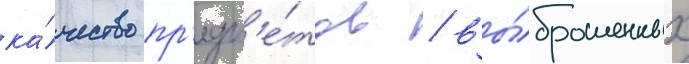
ка́чество пр'едм'е́тов / вы́брошенных